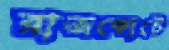
রাজকোটে